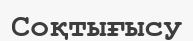
Соқтығысу